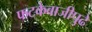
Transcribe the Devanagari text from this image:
फटकेबाजीपुढे